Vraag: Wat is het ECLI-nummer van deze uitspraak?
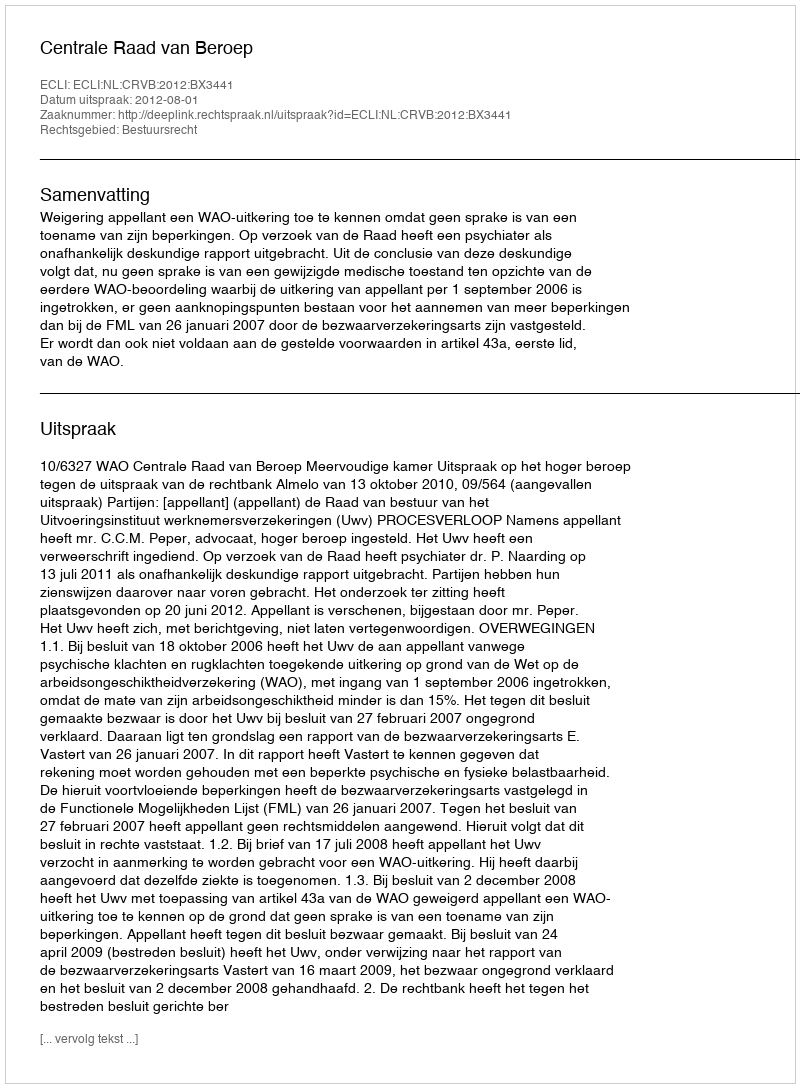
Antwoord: ECLI:NL:CRVB:2012:BX3441